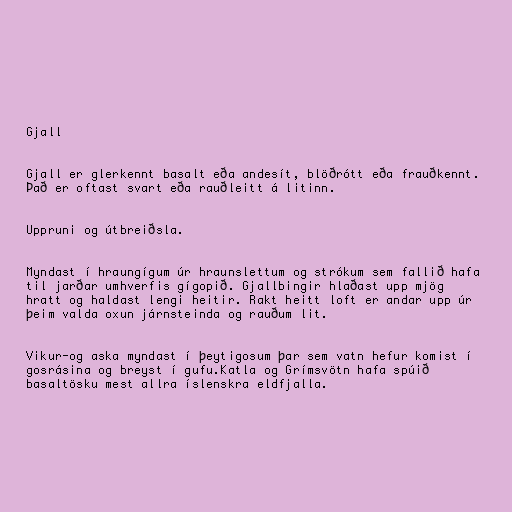
Gjall

Gjall er glerkennt basalt eða andesít, blöðrótt eða frauðkennt.
Það er oftast svart eða rauðleitt á litinn.

Uppruni og útbreiðsla.

Myndast í hraungígum úr hraunslettum og strókum sem fallið hafa
til jarðar umhverfis gígopið. Gjallbingir hlaðast upp mjög
hratt og haldast lengi heitir. Rakt heitt loft er andar upp úr
þeim valda oxun járnsteinda og rauðum lit.

Vikur-og aska myndast í þeytigosum þar sem vatn hefur komist í
gosrásina og breyst í gufu.Katla og Grímsvötn hafa spúið
basaltösku mest allra íslenskra eldfjalla.